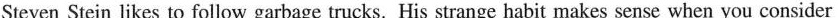
Steven Stein likes to follow garbage trucks. His strange habit makes sense when you consider